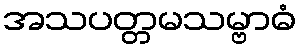
အသပတ္တမသမ္ဗာဓံ